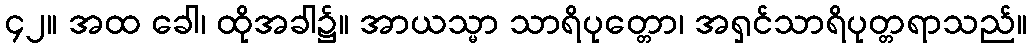
၄၂။ အထ ခေါ၊ ထိုအခါ၌။ အာယသ္မာ သာရိပုတ္တော၊ အရှင်သာရိပုတ္တရာသည်။